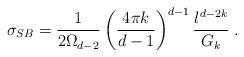
LaTeX: \begin{align*}\sigma _{SB}=\frac{1}{2\Omega _{d-2}}\left( \frac{4\pi k}{d-1}\right) ^{d-1}\frac{l^{d-2k}}{G_{k}}\;. \end{align*}